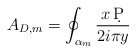
\begin{align*}A_{D,m} = \oint_{\alpha_{m}} {x\, \d P\over 2i\pi y}\end{align*}